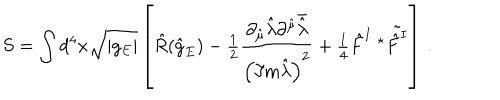
S = \int d ^ { 4 } x \sqrt { | g _ { E } | } \left[ \hat { R } ( \hat { g } _ { E } ) - { \textstyle \frac { 1 } { 2 } } \frac { \partial _ { \hat { \mu } } \hat { \lambda } \partial ^ { \hat { \mu } } \bar { \hat { \lambda } } } { \left( \Im \mathrm { m } \hat { \lambda } \right) ^ { 2 } } + { \textstyle \frac { 1 } { 4 } } \hat { F } ^ { I } \ { } ^ { \star } \tilde { \hat { F } ^ { I } } \right] \, .